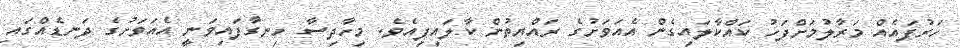
ހަރުފައެއް މަރާލުމަށްފަހު ކައްކާލައިގެން އެއަވަށުގެ ރައްޔިތުން ކާލައިފިއެވެ. މިހާދިސާ ހިނގާފައިވަނީ އެއަވަށުގެ ދަނޑެއްގައި